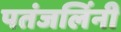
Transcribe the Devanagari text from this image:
पतंजलिंनी